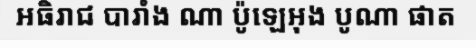
អធិរាជ បារាំង ណា ប៉ូឡេអុង បូណា ផាត